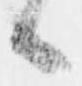
候